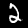
Label: 2